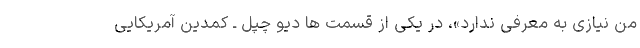
من نیازی به معرفی ندارد»، در یکی از قسمت ها دیو چپل ـ کمدین آمریکایی